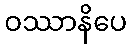
ဝဿာနိပေ